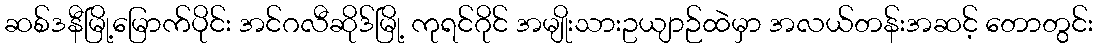
ဆစ်ဒနီမြို့မြောက်ပိုင်း အင်ဂလီဆိုဒ်မြို့ ကုရင်ဂိုင် အမျိုးသားဥယျာဉ်ထဲမှာ အလယ်တန်းအဆင့် တောတွင်း